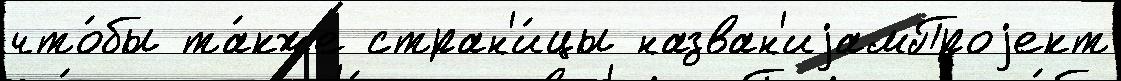
что́бы та́кже стран'и́цы назван'иjамПроjект